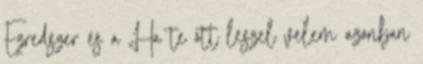
Ezredszer és a Ha te ott leszel velem azonban